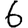
Digit: 6